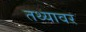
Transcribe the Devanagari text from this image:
तथ्यावर